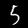
Digit: 5